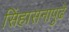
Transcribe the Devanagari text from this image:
सिंहासनापुढे